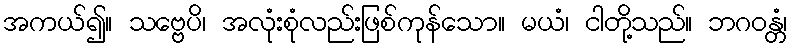
အကယ်၍။ သဗ္ဗေပိ၊ အလုံးစုံလည်းဖြစ်ကုန်သော။ မယံ၊ ငါတို့သည်။ ဘဂဝန္တံ၊